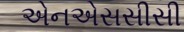
એનએસસીસી